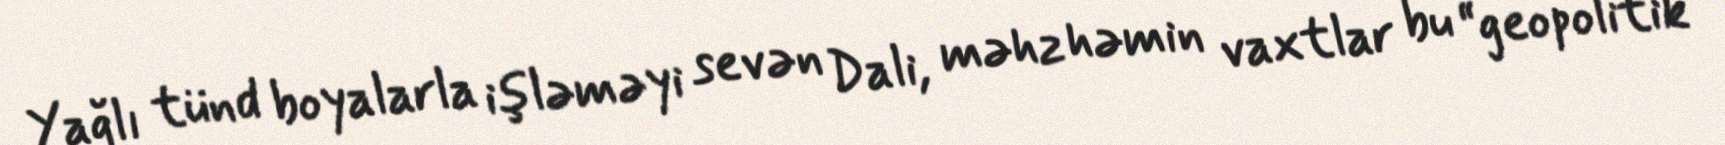
Yağlı tünd boyalarla işləməyi sevən Dali, məhz həmin vaxtlar bu “geopolitik